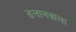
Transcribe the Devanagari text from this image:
ढलानवाला